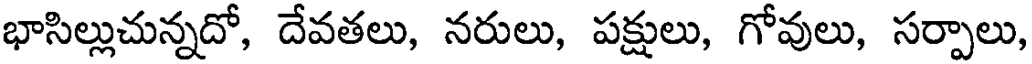
భాసిల్లుచున్నదో, దేవతలు, నరులు, పక్షులు, గోవులు, సర్పాలు,